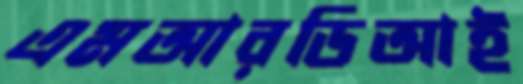
এমআরডিআই